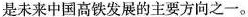
是未来中国高铁发展的主要方向之一。